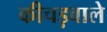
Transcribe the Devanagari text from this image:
कीचड़वाले